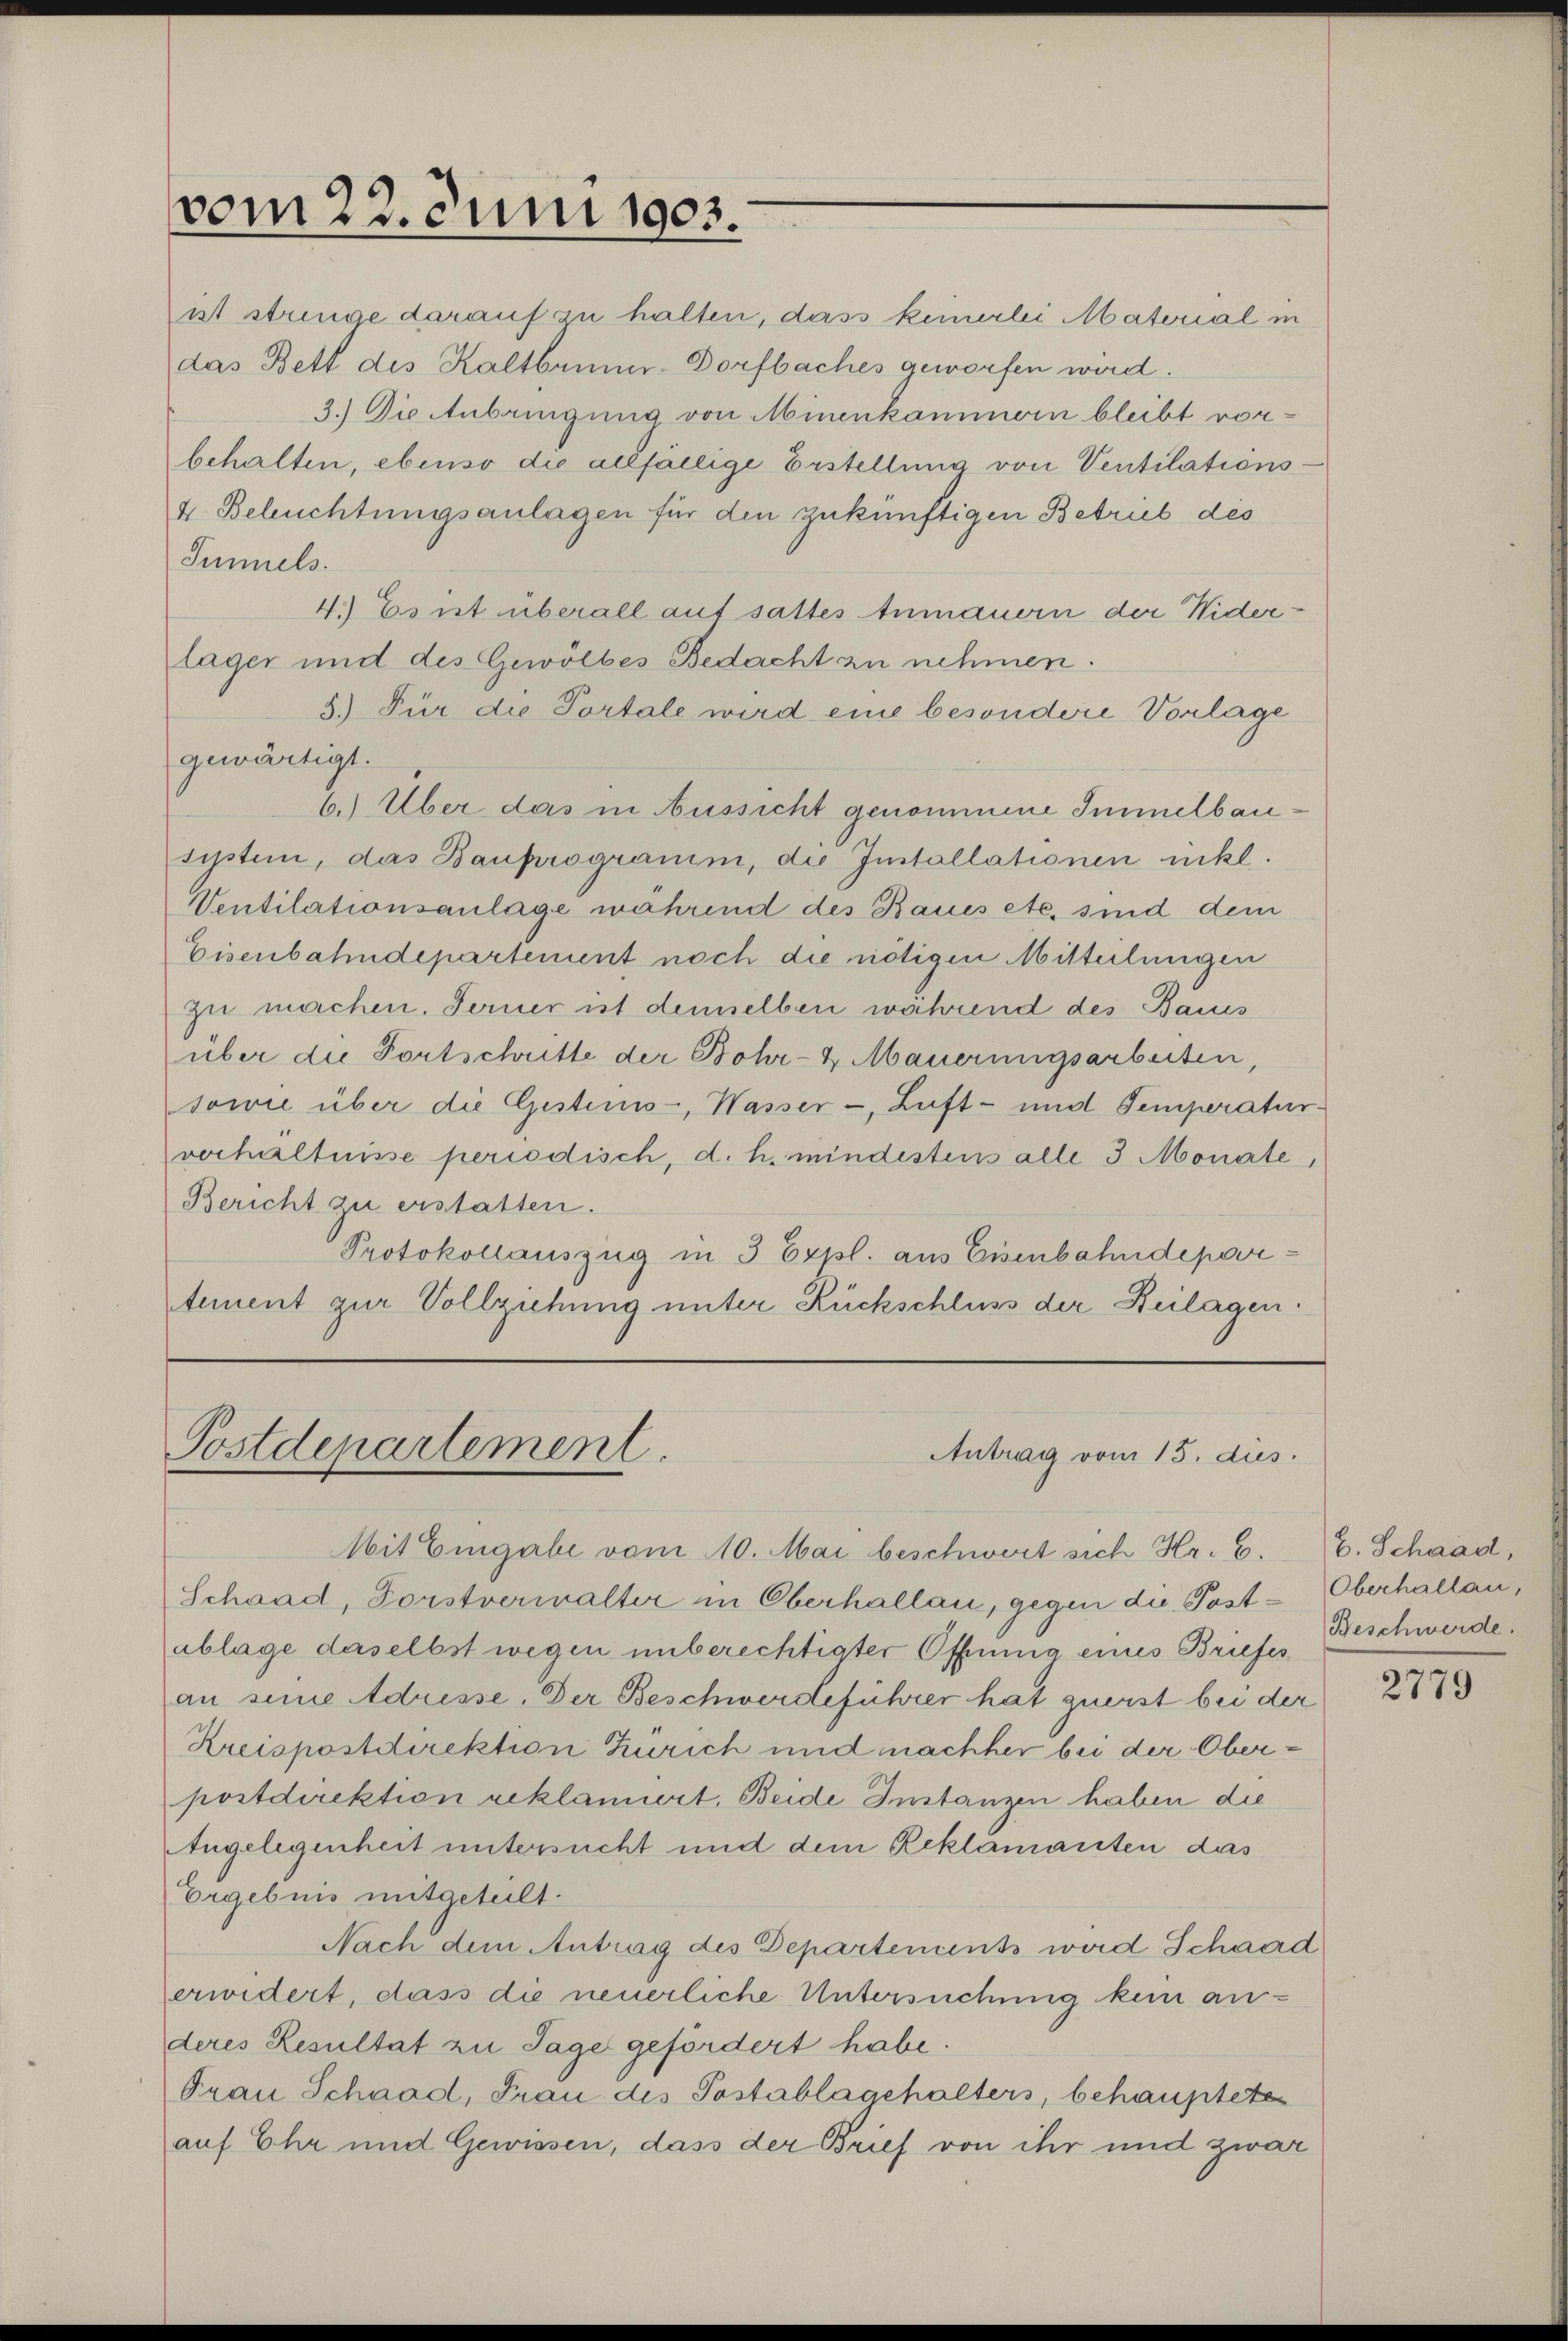
vom 23. Juni 1903.

Simmels.
4.) Es ist überall auf sattes Anmauern der Widerlager und des Gewölbes Bedacht zu nehmen.
5.) Für die Portale wird eine besondere Vorlage
gewärtigt.
6.) Über das in Aussicht genommene Immelbausystem, das Bauprogramm, die Installationen nikl.
Ventilationsanlage während des Baues etc. sind dem
Eisenbahndepartement noch die nötigen Mitteilungen
zu machen. Ferner ist demselben während des Baues
über die Fortschritte der Bohr-4 Mauerungsarbeiten,
sowie über die Gestimo, Wasser -, Luft- und Temperatur.
verhältnisse periodisch, d. h. mindestens alle 3 Monate,
Bericht zu erstatten.
Protokollauszug in 3 Expl. aus Eisenbahndepartement zur Vollziehung unter Rückschluss der Beilagen.

ist stringe darauf zu halten, dass keinerlei Material in
das Bett des Kaltbaumer-Dorfbaches geworfen wird.
3.) Die Anbringung von Minenkammern bleibt vorbehalten, ebenso die allfällige Erstellung von Ventilations¬
4 Beleuchtungsanlagen für den zukünftigen Betrieb des

Postdepartement.
Antrag vom 15. aus.

Mit Eingabe vom 10. Mai beschwert sich Hr. C.
Schaad, Forstverwalter in Oberhallau, gegen die Postablage daselbst wegen unberechtigter Öffnung eines Briefes
an sine Adresse. Der Beschwerdeführer hat zuerst bei der
Kreispostdirektion Zürich und machher bei der Oberpostdirektion reklamiert. Beide Instanzen haben die
Angelegenheit untersucht und dem Reklamanten das
Ergebnis mitgeteilt.
Nach dem Antrag des Departements wird Schaad
erwidert, dass die neuerliche Untersuchung kein an-
deres Resultat zu Tage gefördert habe.
Prau Schaad, Frau des Postablagehalters, behaupteten
auf Ehr und Gewissen, dass der Brief von ihr und zwar

b. Schaad,
Oberhallau,
Beschwerde.

2779